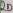
Text: 20